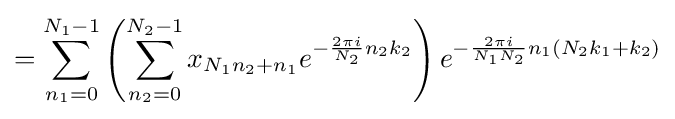
=\sum _{n_{1}=0}^{N_{1}-1}\left(\sum _{n_{2}=0}^{N_{2}-1}x_{N_{1}n_{2}+n_{1}}e^{-{\frac {2\pi i}{N_{2}}}n_{2}k_{2}}\right)e^{-{\frac {2\pi i}{N_{1}N_{2}}}n_{1}(N_{2}k_{1}+k_{2})}